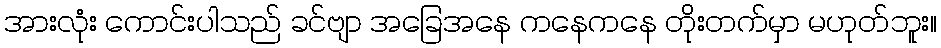
အားလုံး ကောင်းပါသည် ခင်ဗျာ အခြေအနေ ကနေကနေ တိုးတက်မှာ မဟုတ်ဘူး။